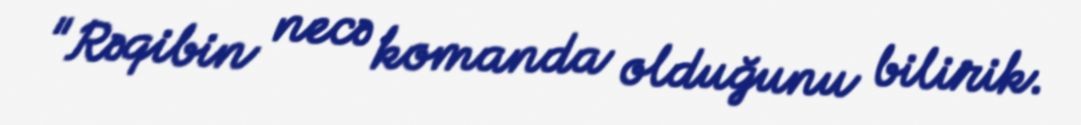
"Rəqibin necə komanda olduğunu bilirik.